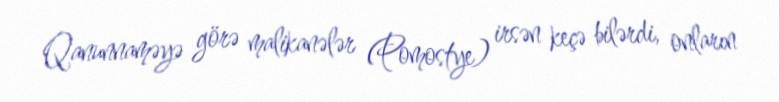
Qanunnaməyə görə malikanələr (Pomostye) irsən keçə bilərdi, onların